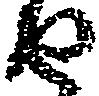
せ